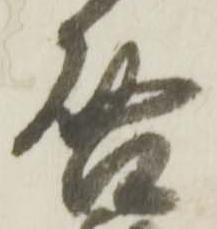
啓